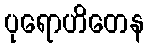
ပုရောဟိတေန